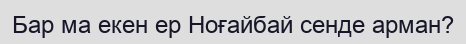
Бар ма екен ер Ноғайбай сенде арман?